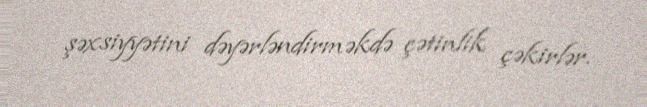
şəxsiyyətini dəyərləndirməkdə çətinlik çəkirlər.